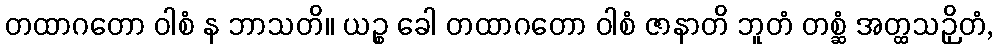
တထာဂတော ဝါစံ န ဘာသတိ။ ယဉ္စ ခေါ တထာဂတော ဝါစံ ဇာနာတိ ဘူတံ တစ္ဆံ အတ္ထသဉှိတံ,